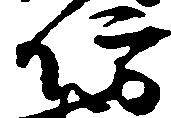
防